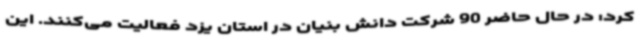
کرد: در حال حاضر 90 شرکت دانش بنیان در استان یزد فعالیت می‌کنند. این